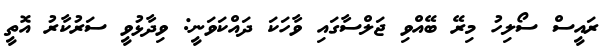
ރައީސް ސޯލިހު މިރޭ ބޭއްވި ޖަލްސާގައި ވާހަކަ ދައްކަވަނީ: ވިދާޅުވީ ސަރުކާރު އޮތީ